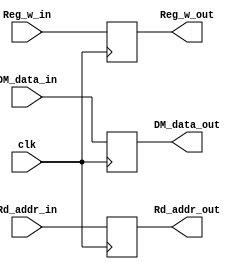
module MEM_WB
(
    input [31:0] DM_data_in,
    input [4:0] Rd_addr_in,
    input Reg_w_in,
    input clk,
    output reg [31:0] DM_data_out,
    output reg [4:0] Rd_addr_out,
    output reg Reg_w_out
);

    always @(negedge clk)
    begin
        DM_data_out <= DM_data_in;
        Rd_addr_out <= Rd_addr_in;
        Reg_w_out <= Reg_w_in;
    end

endmodule